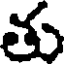
తు